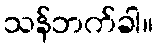
သန်ဘက်ခါ။